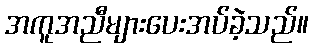
အကူအညီများပေးအပ်ခဲ့သည်။